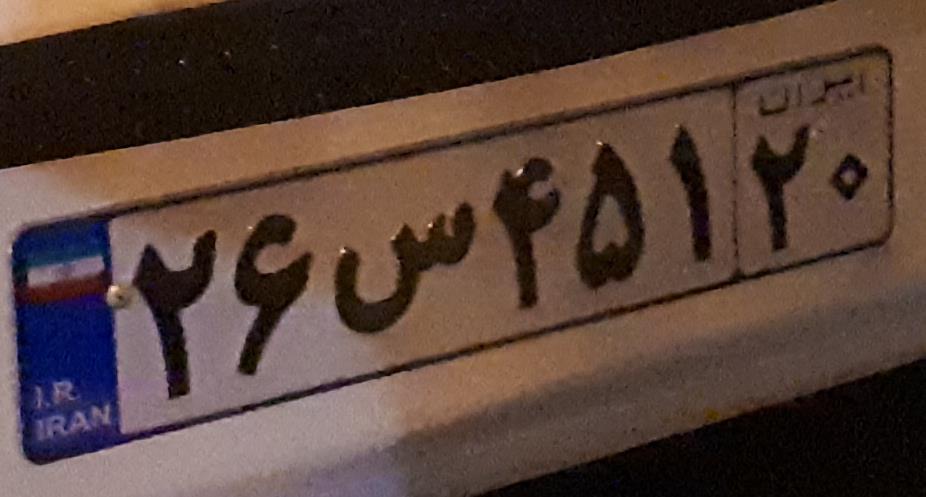
۲۶س۴۵۱۲۰